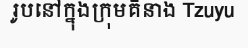
រូបនៅក្នុងក្រុមគឺនាង Tzuyu